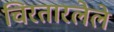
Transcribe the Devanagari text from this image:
चिरतारलेले